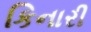
કિનારી